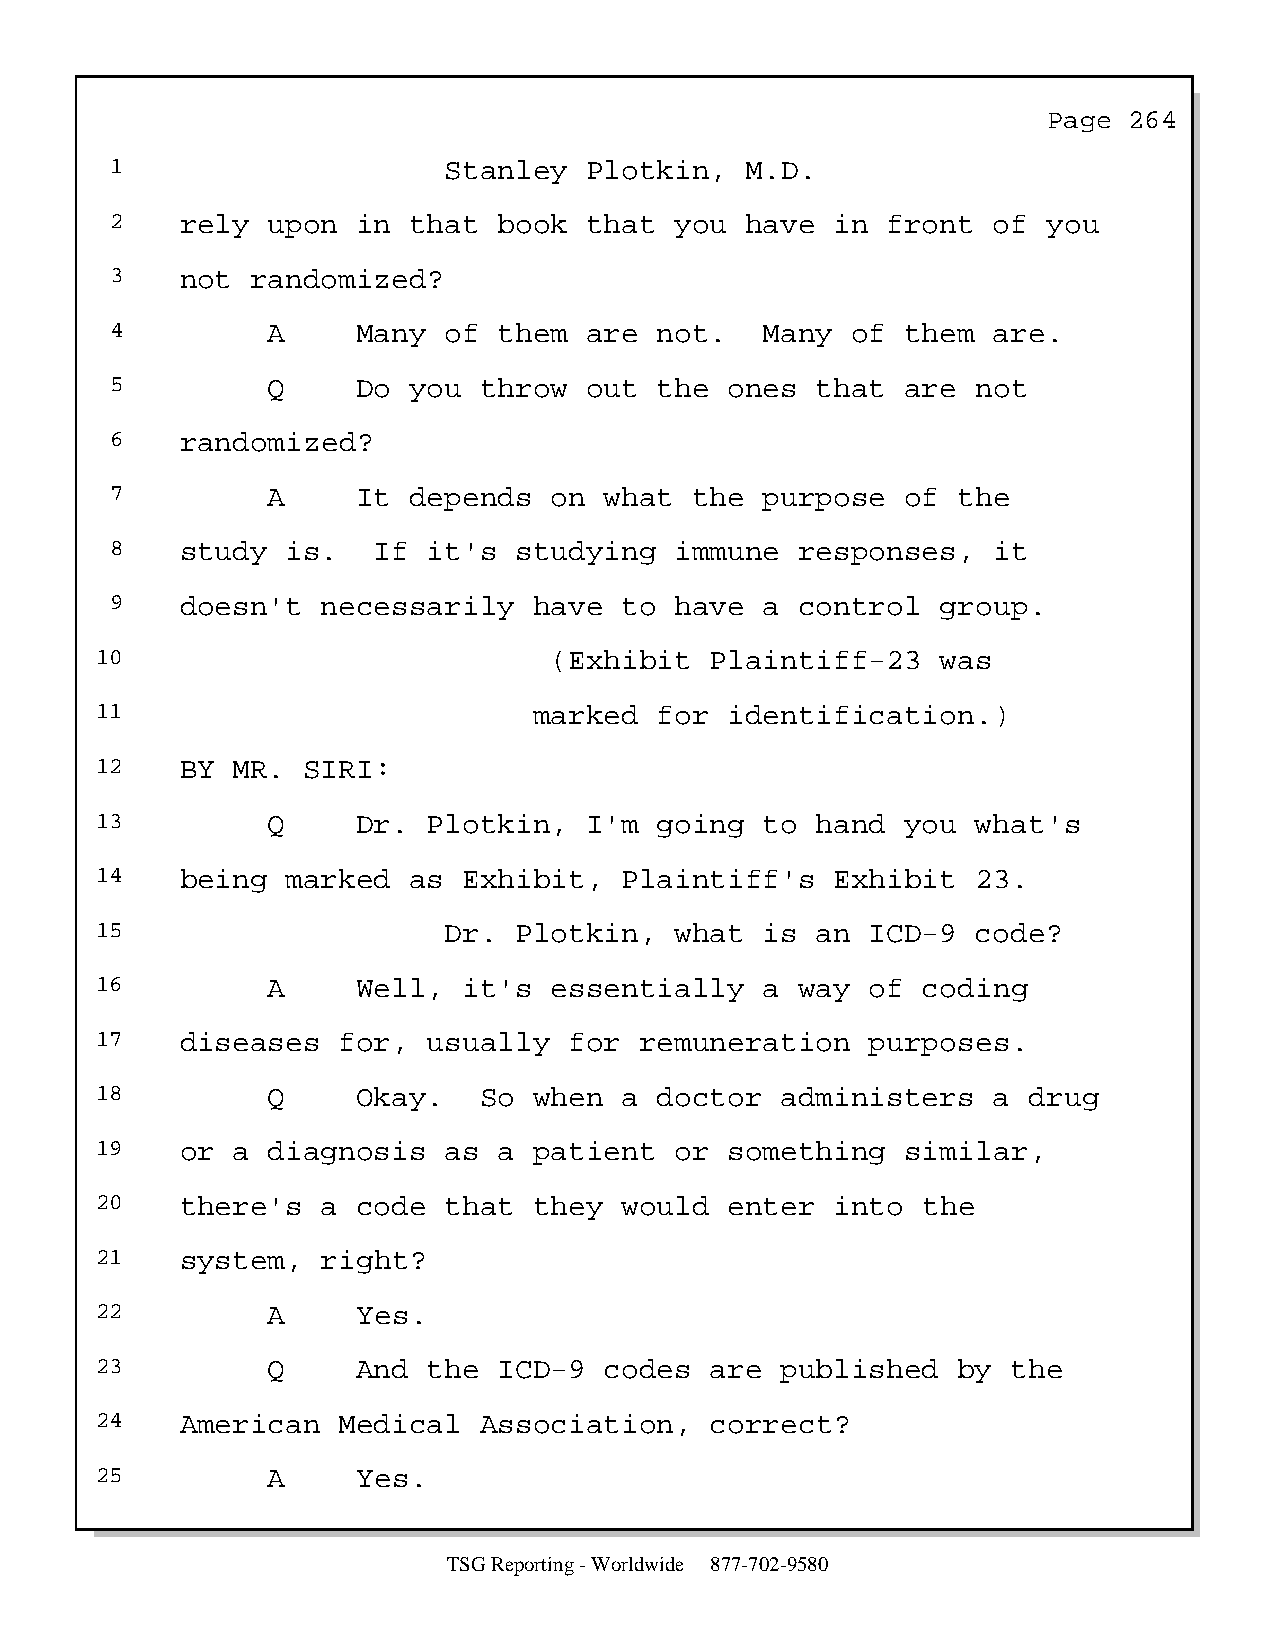
Page  264
 1                     Stanley   Plotkin,  M.D.
 2    rely  upon  in that  book  that  you have  in  front  of you
 3    not  randomized?
 4          A     Many of  them  are  not.   Many of  them  are.
 5          Q     Do you  throw  out  the ones  that  are  not
 6    randomized?
 7          A     It depends  on  what  the  purpose  of the
 8    study  is.   If it's  studying   immune  responses,   it
 9    doesn't  necessarily   have  to  have  a control  group.
 10                            (Exhibit   Plaintiff-23   was
 11                           marked   for identification.)
 12    BY MR.  SIRI:
 13          Q     Dr. Plotkin,   I'm  going  to hand  you  what's
 14    being  marked  as  Exhibit,  Plaintiff's   Exhibit   23.
 15                     Dr.  Plotkin,   what  is an  ICD-9  code?
 16          A     Well,  it's essentially    a way  of coding
 17    diseases  for,  usually   for remuneration    purposes.
 18          Q     Okay.   So when  a  doctor  administers   a drug
 19    or a  diagnosis  as  a patient   or something   similar,
 20    there's  a  code that  they  would  enter  into  the
 21    system,  right?
 22          A     Yes.
 23          Q     And the  ICD-9  codes  are  published  by  the
 24    American  Medical   Association,   correct?
 25          A     Yes.
 TSG Reporting - Worldwide 877-702-9580